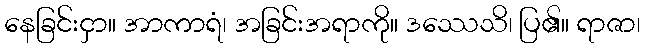
နေခြင်းငှာ။ အာကာရံ၊ အခြင်းအရာကို။ ဒဿေသိ၊ ပြ၏။ ရာဇာ၊